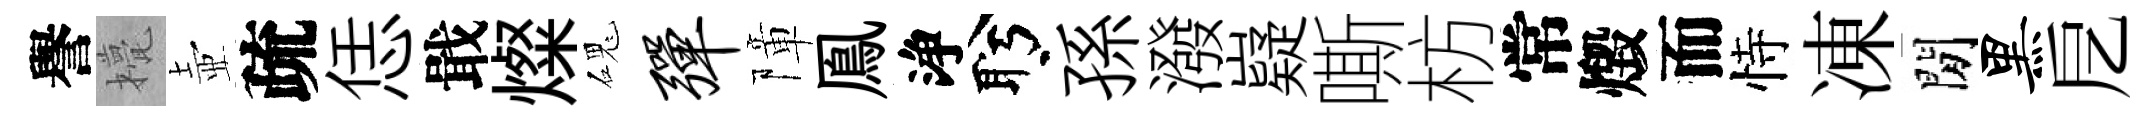
譽甍壺疏恁戢燦磈弹障鳯浄盻孫潑嶷嘶枋常燬而恃凍閒黑戹